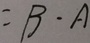
= B \cdot A